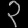
Digit: ၃